Report on the lunatic asylums under the Government of Bombay - 1904-1913
Year: 1904
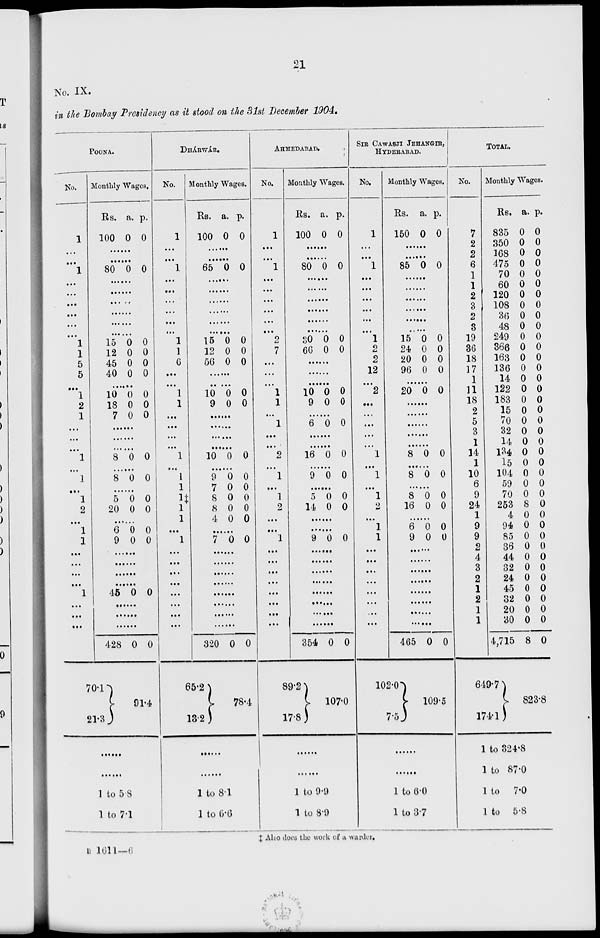
21
No. IX.
in the Bombay Presidency as it stood on the 31st December 1904.
POONA.
No.
1
...
...
1
...
...
...
...
...
...
1
1
5
5
...
1
2
1
...
. . .
. . .
1
. . .
1
.. .
1
2
...
1
1
...
...
...
...
1
...
...
...
Monthly Wages.
Rs.
100
a.
0
p.
0
......
......
80 0 0
......
......
......
......
......
......
15
12
45
40
0
0
0
0
0
0
0
0
......
10
18
7
0
0
0
0
0
0
......
......
......
8 0 0
......
8 0 0
......
5
20
0
0
0
0
......
6
9
0
0
0
0
......
......
......
......
45 0 0
......
......
......
428
70.1
21.3
0 0
91.4
......
......
1 to 5 8
1 to 7.1
DHA'RWA'R.
No.
1
...
...
1
...
...
...
...
...
...
1
1
6
...
...
1
1
...
...
...
...
1
...
1
1
1‡
1
1
...
1
. . .
. . .
. . .
. . .
. . .
. . .
. . .
. . .
Monthly Wages.
Rs.
100
a.
0
p.
0
......
......
65 0 0
......
......
......
......
......
......
15
12
56
0
0
0
0
0
0
......
......
10
9
0
0
0
0
......
......
......
......
10 0 0
......
9
7
8
8
4
0
0
0
0
0
0
0
0
0
0
......
7 0 0
......
......
......
......
......
......
......
......
320
65.2
13.2
0 0
78.4
......
......
1 to 8.1
1 to 6.6
AHMEDABAD.
No.
1
...
...
1
. . .
...
...
. . .
. . .
...
2
7
...
...
...
1
1
. . .
1
. ..
. . .
2
...
1
.. .
1
2
1
Monthly Wages.
Rs.
100
a.
0
p.
0
......
......
80 0 0
.........
.........
......
......
......
......
80
66
0
0
0
0
......
......
......
10
9
0
0
0
0
......
6 0 0
......
......
16 0 0
......
9 0 0
......
5
14
0
0
0
0
......
......
9 0 0
......
......
......
......
......
......
......
......
354
89.2
17.8
0 0
107.0
......
......
1 to 9.9
1 to 8.9
SIR CAWASJI JEHANGIR,
HYDRABAD.
No.
1
...
...
1
. . .
...
...
...
...
. . .
1
2
2
12
...
2
...
...
...
...
...
1
...
1
...
1
2
...
1
1
Monthly Wages.
Rs.
150
a.
0
p.
0
......
......
85 0 0
......
......
......
......
......
......
15
24
20
96
0
0
0
0
0
0
0
0
......
20 0 0
......
......
......
......
......
8 0 0
...
8 0 0
.........
8
16
0
0
0
0
......
6
9
0
0
0
0
......
......
......
......
......
......
......
......
465
102.0
7.5
0 0
109.5
......
......
1 to 6.0
1 to 3.7
TOTAL.
No.
7
2
2
6
1
1
2
3
2
3
19
36
18
17
1
11
18
2
5
3
1
14
1
10
6
9
24
1
9
9
2
4
3
2
1
2
1
1
Monthly Wages.
Rs.
835
350
168
475
70
60
120
108
36
48
249
366
163
136
14
122
183
15
70
32
14
134
15
104
59
70
253
4
94
85
36
44
32
24
45
32
20
30
4,715
649.7
174.1
a.
0
0
0
0
0
0
0
0
0
0
0
0
0
0
0
0
0
0
0
0
0
0
0
0
0
0
8
0
0
0
0
0
0
0
0
0
0
0
8
p.
0
0
0
0
0
0
0
0
0
0
0
0
0
0
0
0
0
0
0
0
0
0
0
0
0
0
0
0
0
0
0
0
0
0
0
0
0
0
0
823.8
1 to 324.8
1 to 87.0
1 to 7.0
1 to 5.8
‡ Also does the work of a warder.
B 1611—6